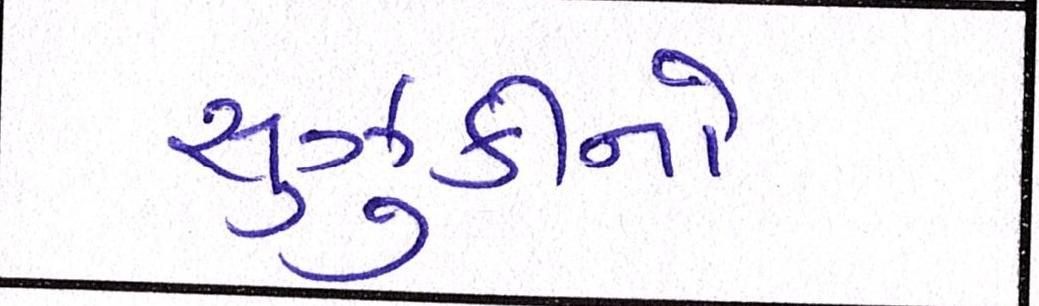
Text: સુઝુકીનો